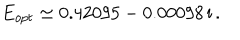
LaTeX: E _ { o p t } \simeq 0 . 4 2 0 9 5 - 0 . 0 0 0 9 8 \, \mathrm { i } \, .